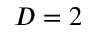
D = 2